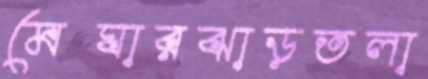
মেঘারঝাড়তলা